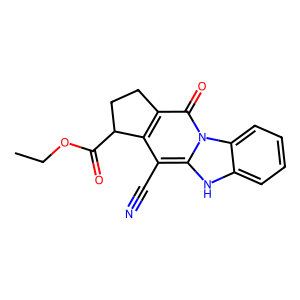
SMILES: CCOC(=O)C1CCc2c1c(C#N)c1[nH]c3ccccc3n1c2=O
Inhibits HIV replication: No